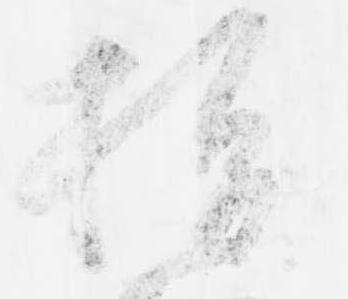
指